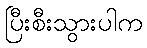
ပြီးစီးသွားပါက